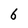
Character: 6